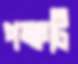
পক্ষটি